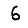
Digit: 6